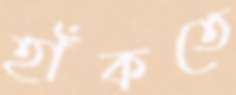
হাঁকতে